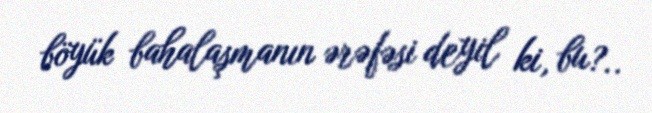
böyük bahalaşmanın ərəfəsi deyil ki, bu?..